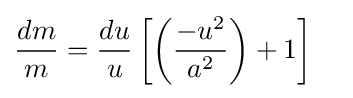
{\begin{aligned}{\frac {dm}{m}}&={\frac {du}{u}}\left[\left({\frac {-u^{2}}{a^{2}}}\right)+1\right]\end{aligned}}